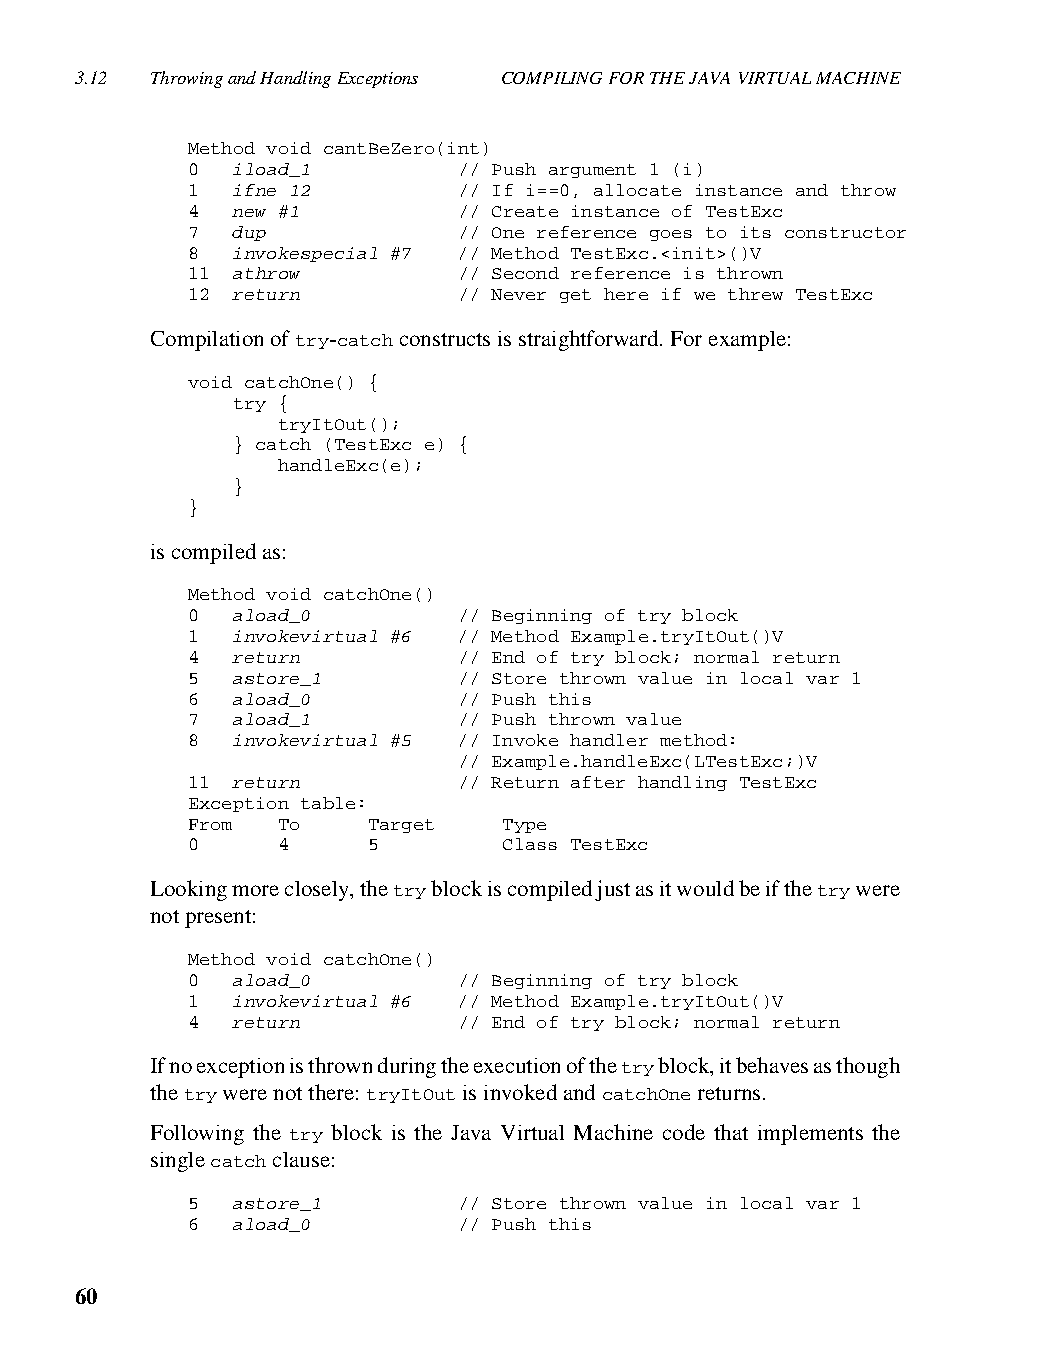
3.12 Throwing and Handling Exceptions COMPILING FOR THE JAVA VIRTUAL MACHINE
 Method void cantBeZero(int)
 0  iload_1        // Push argument 1 (i)
 1  ifne 12        // If i==0, allocate instance and throw
 4  new #1         // Create instance of TestExc
 7  dup            // One reference goes to its constructor
 8  invokespecial #7 // Method TestExc.<init>()V
 11 athrow         // Second reference is thrown
 12 return         // Never get here if we threw TestExc
 Compilation of try-catch constructs is straightforward. For example:
 void catchOne() {
 try {
 tryItOut();
 } catch (TestExc e) {
 handleExc(e);
 }
 }
 is compiled as:
 Method void catchOne()
 0  aload_0        // Beginning of try block
 1  invokevirtual #6 // Method Example.tryItOut()V
 4  return         // End of try block; normal return
 5  astore_1       // Store thrown value in local var 1
 6  aload_0        // Push this
 7  aload_1        // Push thrown value
 8  invokevirtual #5 // Invoke handler method:
 // Example.handleExc(LTestExc;)V
 11 return         // Return after handling TestExc
 Exception table:
 From  To    Target   Type
 0     4     5        Class TestExc
 Looking more closely, the try block is compiled just as it would be if the try were
 not present:
 Method void catchOne()
 0  aload_0        // Beginning of try block
 1  invokevirtual #6 // Method Example.tryItOut()V
 4  return         // End of try block; normal return
 If no exception is thrown during the execution of the try block, it behaves as though
 the try were not there: tryItOut is invoked and catchOne returns.
 Following the try block is the Java Virtual Machine code that implements the
 single catch clause:
 5  astore_1       // Store thrown value in local var 1
 6  aload_0        // Push this
 60